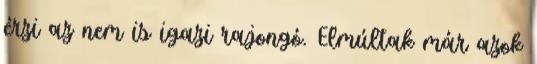
érzi az nem is igazi rajongó. Elmúltak már azok